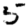
Digit: 5